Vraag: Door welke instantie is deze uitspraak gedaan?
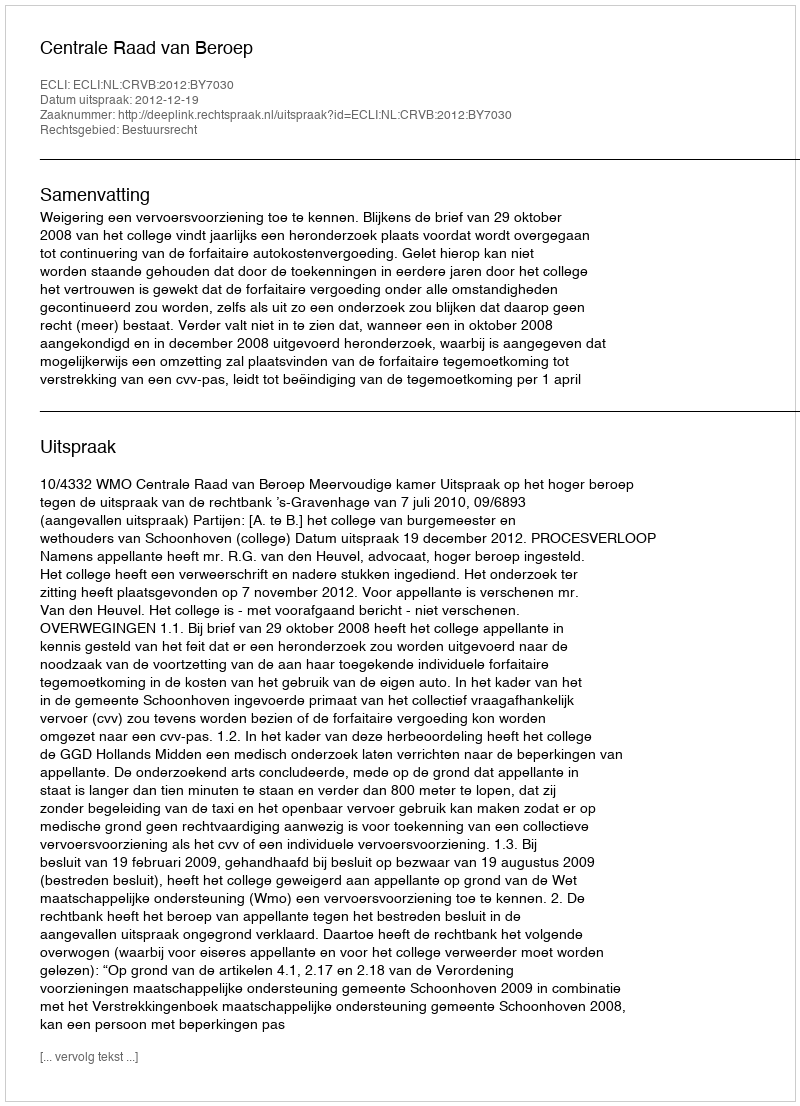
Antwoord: Centrale Raad van Beroep